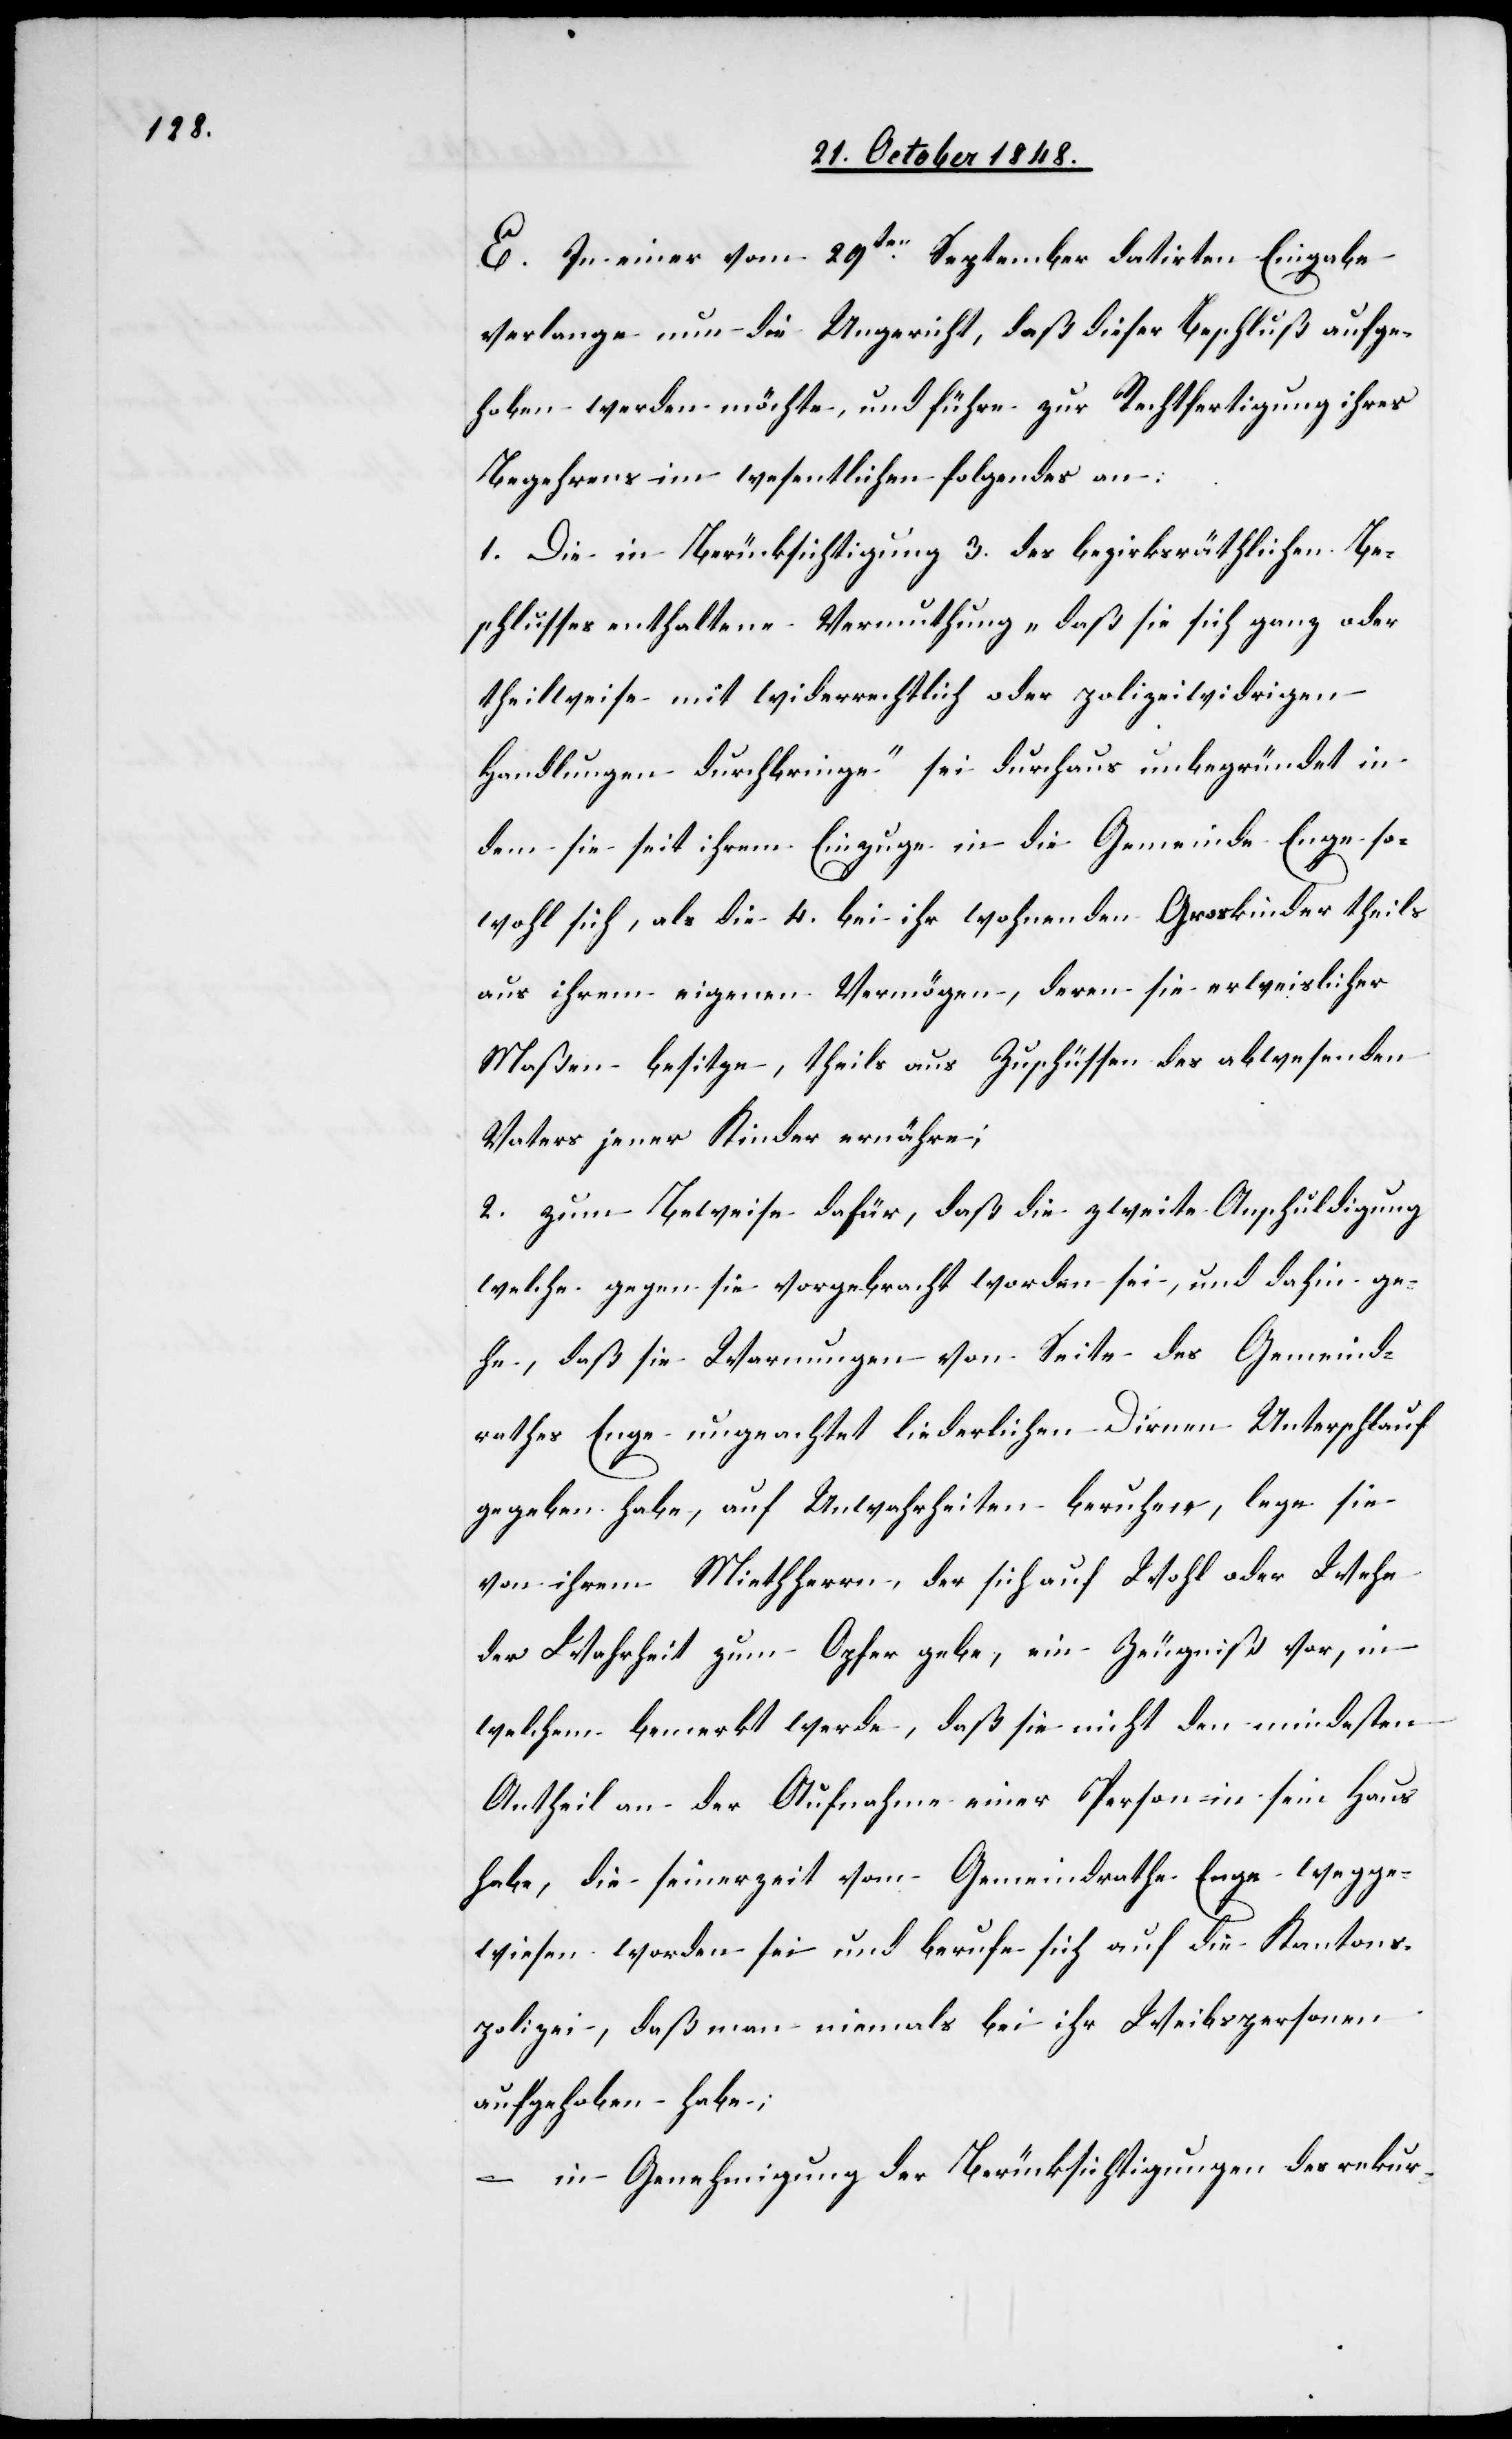
In einer vom 29ten September datirten Eingabe
verlange nun die Ungericht, daß dieser Beschluß aufge¬
hoben werden möchte, und führe zur Rechtfertigung ihres
Begehrens im wesentlichen folgendes an:
1. Die in Berücksichtigung 3. des bezirksräthlichen Be¬
schlusses enthaltene Vermuthung „daß sie sich ganz oder
theilweise mit wiederrechtlich oder polizeiwidrigen
Handlungen durchbringe“ sei durchaus unbegründet in
dem sie seit ihrem Einzuge in die Gemeinde Enge so¬
wohl sich, als die 4. bei ihr wohnenden Groskinder theils
aus ihrem eigenen Vermögen, deren sie erweislicher
Maßen besitze, theils aus Zuschüssen des abwesenden
Vaters jener Kinder ernähre;
2. zum Beweise dafür, daß die zweite Anschuldigung
welche gegen sie vorgebracht worden sei, und dahin ge¬
he, daß sie Warnungen von Seite des Gemeind¬
rathes Enge ungeachtet liederlichen Dirnen Unterschlauf
gegeben habe, auf Unwahrheiten beruhen, lege sie
von ihrem Mietherrn, der sich auf Wohl oder Wehe
der Wahrheit zum Opfer gebe, ein Zeugniß vor, in
welchem bemerkt werde, daß sie nicht den mindesten
Antheil an der Aufnahme einer Person in sein Haus
habe, die seinerzeit vom Gemeindrathe Enge wegge¬
wiesen worden sei und berufe sich auf die Kantons¬
polizei, daß man niemals bei ihr Weibspersonen
aufgehoben habe,
– in Genehmigung der Berücksichtigungen des rekur-